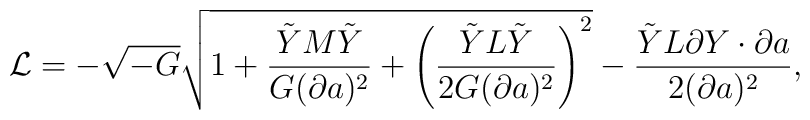
{\cal L} = - \sqrt{-G}\sqrt{1 + {\tilde{Y} M \tilde{Y}\over G(\partial a)^2} +\left({\tilde{Y} L \tilde{Y}\over 2G(\partial a)^2}\right)^2 }- {\tilde{Y}L\partial Y \cdot \partial a\over 2(\partial a)^2},